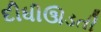
દીધીઊડતી